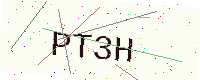
Text: PT3H